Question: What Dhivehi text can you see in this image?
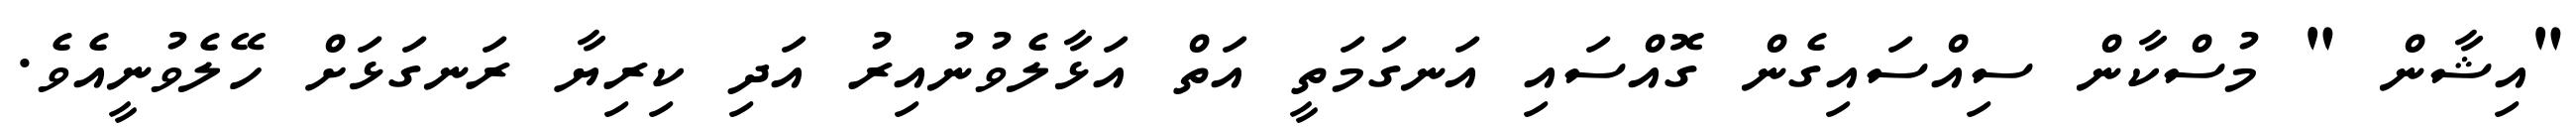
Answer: "އިޝާން " މުސްކާން ސިއްސައިގެން ގޮއްސައި އަނގަމަތީ އަތް އަޅާލެވުނުއިރު އަދި ކިރިޔާ ރަނގަޅަށް ހޭލެވުނީއެވެ.